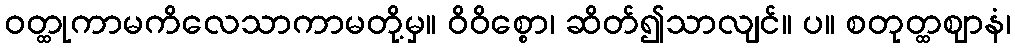
ဝတ္ထုကာမကိလေသာကာမတို့မှ။ ဝိဝိစ္စော၊ ဆိတ်၍သာလျင်။ ပ။ စတုတ္ထဈာနံ၊